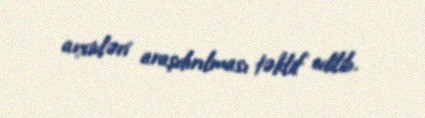
arxivləri araşdırılması təklif edilib.